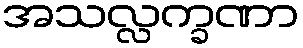
အသလ္လက္ခဏာ